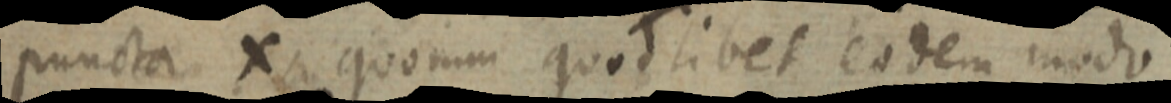
puncta X quorum quod libet eodem modo